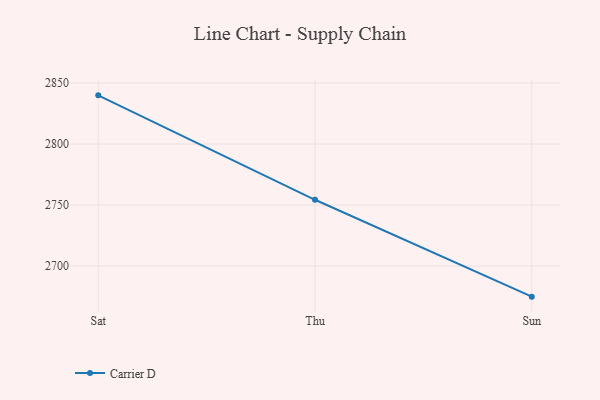
{"axis": {"x": "Day", "y": "Budget (USD K)"}, "legend": ["Carrier D"], "data": [{"x": "Sat", "y": 2839.9, "type": "Carrier D"}, {"x": "Thu", "y": 2754.3, "type": "Carrier D"}, {"x": "Sun", "y": 2674.9, "type": "Carrier D"}]}